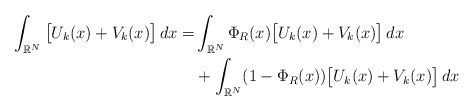
\begin{align*} \int_{\mathbb{R}^{N}}\big[ U_k(x)+V_k(x)\big]\,dx = & \int_{\mathbb{R}^{N}}\Phi_{R}(x)\big[ U_k(x)+V_k(x)\big]\,dx \\ & +\int_{\mathbb{R}^{N}}(1-\Phi_{R}(x))\big[ U_k(x)+V_k(x)\big]\,dx \end{align*}